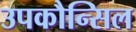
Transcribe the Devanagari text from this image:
उपकौन्सिल